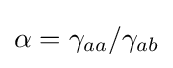
\alpha =\gamma _{aa}/\gamma _{ab}